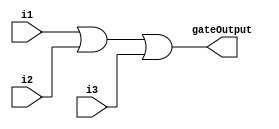
`timescale 1ns / 1ps
module ThreeInputOrGate(
    input i1,
    input i2,
    input i3,
    output gateOutput
    );

or(gateOutput, i1 , i2 , i3);
endmodule